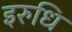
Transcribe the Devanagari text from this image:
इरुधि